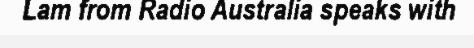
Lam from Radio Australia speaks with